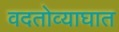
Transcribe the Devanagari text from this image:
वदतोव्याघात